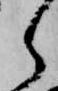
ら